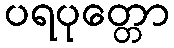
ပရပုတ္တော